Rangoon Lunatic Asylum 1878-1892 - 1878-1892
Year: 1878
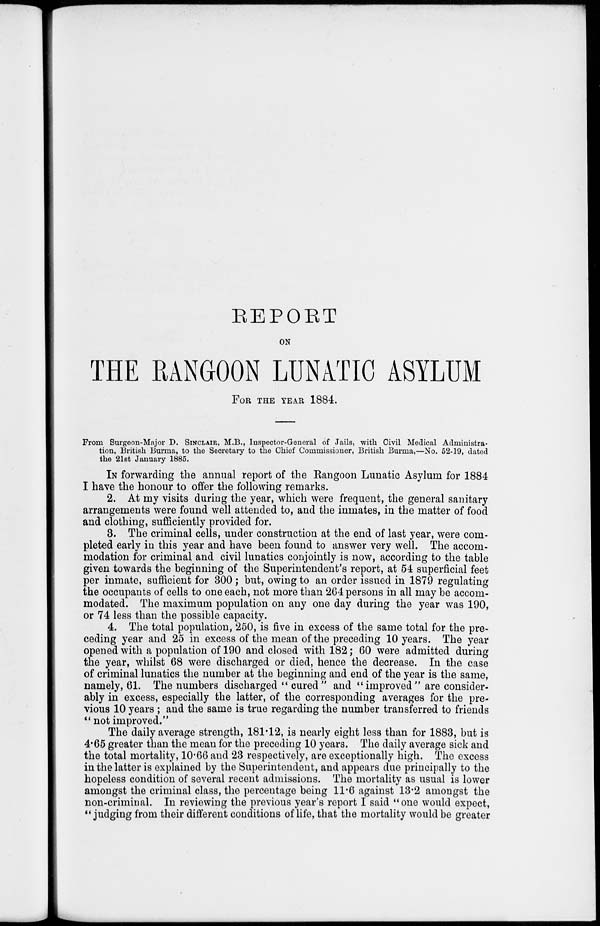
REPORT
ON
THE RANGOON LUNATIC ASYLUM
FOR THE YEAR 1884.
From Surgeon-Major D. SINCLAIR, M.B., Inspector-General of Jails, with Civil Medical Administra-
tion, British Burma, to the Secretary to the Chief Commissioner, British Burma,—No. 52-19, dated
the 21st January 1885.
IN forwarding the annual report of the Rangoon Lunatic Asylum for 1884
I have the honour to offer the following remarks.
2. At my visits during the year, which were frequent, the general sanitary
arrangements were found well attended to, and the inmates, in the matter of food
and clothing, sufficiently provided for.
3. The criminal cells, under construction at the end of last year, were com-
pleted early in this year and have been found to answer very well. The accom-
modation for criminal and civil lunatics conjointly is now, according to the table
given towards the beginning of the Superintendent's report, at 54 superficial feet
per inmate, sufficient for 300 ; but, owing to an order issued in 1879 regulating
the occupants of cells to one each, not more than 264 persons in all may be accom-
modated. The maximum population on any one day during the year was 190,
or 74 less than the possible capacity.
4. The total population, 250, is five in excess of the same total for the pre-
ceding year and 25 in excess of the mean of the preceding 10 years. The year
opened with a population of 190 and closed with 182; 60 were admitted during
the year, whilst 68 were discharged or died, hence the decrease. In the case
of criminal lunatics the number at the beginning and end of the year is the same,
namely, 61. The numbers discharged " cured " and "improved" are consider-
ably in excess, especially the latter, of the corresponding averages for the pre-
vious 10 years ; and the same is true regarding the number transferred to friends
" not improved."
The daily average strength, 181.12, is nearly eight less than for 1883, but is
4.65 greater than the mean for the preceding 10 years. The daily average sick and
the total mortality, 10.66 and 23 respectively, are exceptionally high. The excess
in the latter is explained by the Superintendent, and appears due principally to the
hopeless condition of several recent admissions. The mortality as usual is lower
amongst the criminal class, the percentage being 11.6 against 13.2 amongst the
non-criminal. In reviewing the previous year's report I said "one would expect,
" judging from their different conditions of life, that the mortality would be greater